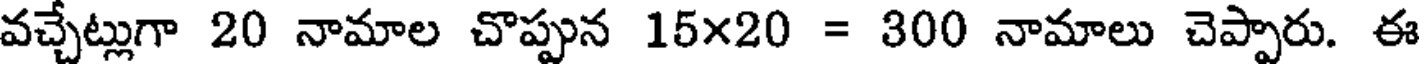
వచ్చేట్లుగా 20 నామాల చొప్పున 15x20 = 300 నామాలు చెప్పారు. ఈ